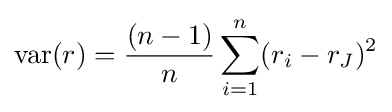
\operatorname {var} (r)={\frac {(n-1)}{n}}\sum _{i=1}^{n}(r_{i}-r_{J})^{2}